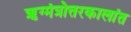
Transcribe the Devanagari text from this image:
ॠग्मंत्रोत्तरकालांत